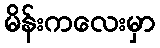
မိန်းကလေးမှာ